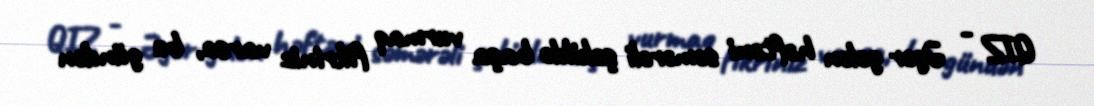
QIZ - Əgər gələn həftəni səmərəli şəkildə başa vurmaq fikriniz varsa, bu gündən